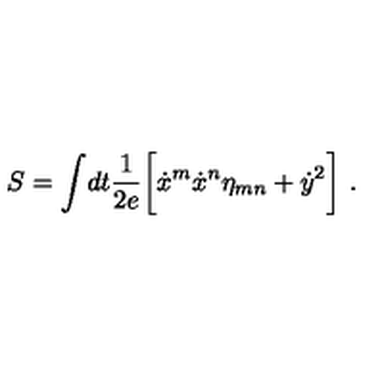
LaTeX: S = \int \! d t { \frac { 1 } { 2 e } } \biggl [ { \dot { x } } ^ { m } { \dot { x } } ^ { n } \eta _ { m n } + { \dot { y } } ^ { 2 } \biggr ] \ .